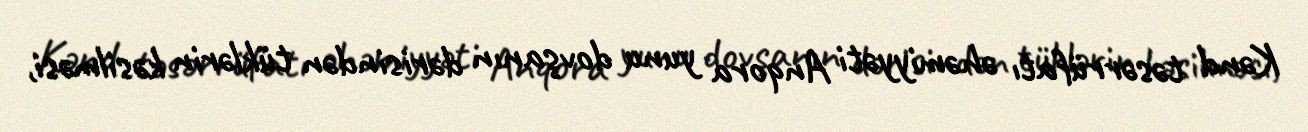
Kənd təsərrüfatı əhəmiyyəti Anqora yunu dovşanın dərisindən tüklərin kəsilməsi,